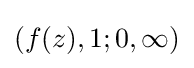
(f(z),1;0,\infty )